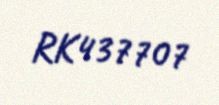
RK437707